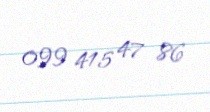
099 415 47 86